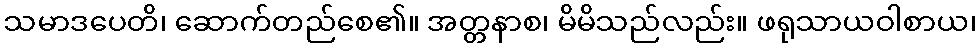
သမာဒပေတိ၊ ဆောက်တည်စေ၏။ အတ္တနာစ၊ မိမိသည်လည်း။ ဖရုသာယဝါစာယ၊